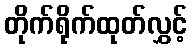
တိုက်ရိုက်ထုတ်လွှင့်